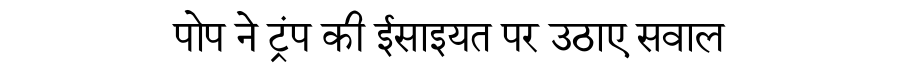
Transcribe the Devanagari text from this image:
पोप ने ट्रंप की ईसाइयत पर उठाए सवाल